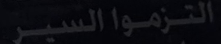
الترموما السير